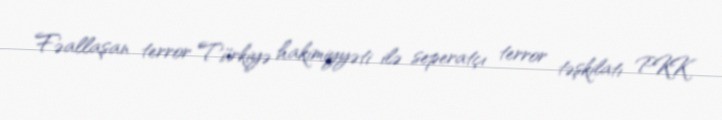
Fəallaşan terror Türkiyə hakimiyyəti ilə seperatçı terror təşkilatı PKK